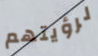
لرؤيتهم